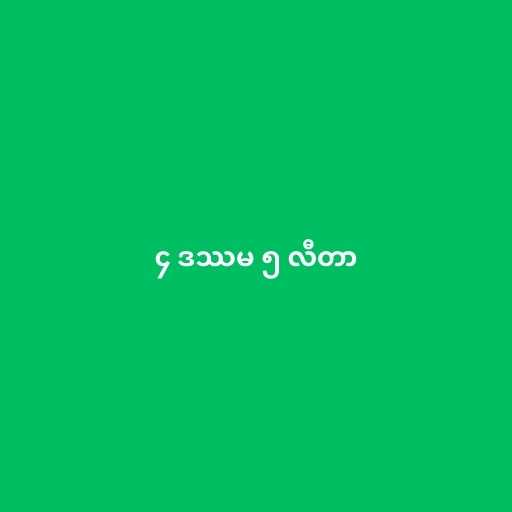
၄ ဒဿမ ၅ လီတာ